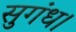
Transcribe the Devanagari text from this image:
सुगंध।